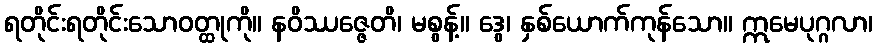
ရတိုင်းရတိုင်းသောဝတ္ထုကို။ နဝိဿဇ္ဇေတိ၊ မစွန့်။ ဒွေ၊ နှစ်ယောက်ကုန်သော။ ဣမေပုဂ္ဂလာ၊